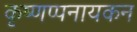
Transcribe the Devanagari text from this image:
कृष्णप्पनायकन